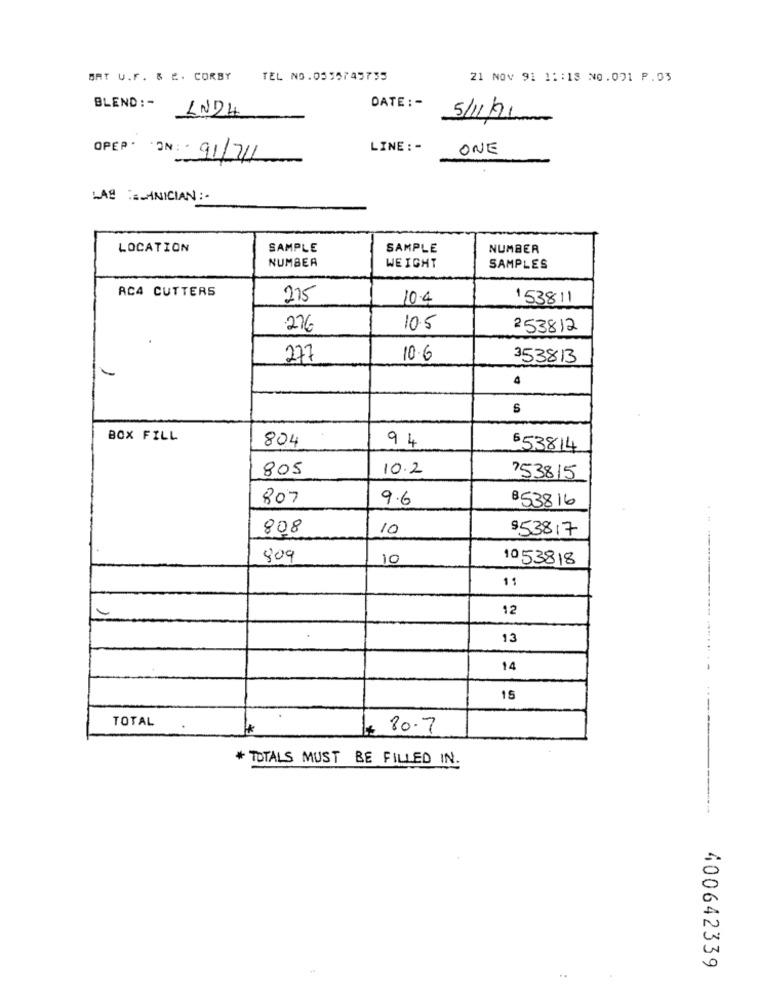
BAT U.F. & #. CORBY
TEL NO.0355745735
21 NOV 91 1: : 18 20.001 P.03
BLEND : -
LN24
DATE : -
5/11/21
OPEP. ON; .
LINE : -
ONE
91/74
LAS E INICIAN :-
LOCATION
SAMPLE
SAMPLE
NUMBER
NUMBER
WEIGHT
SAMPLES
AC4 CUTTERS
275
10.4
153811
276
10.5
253812
277
10.6
353813
4
S
BOX FILL
804
94
553814
805
10.2
753815
807
9.6
B53816
808
10
$53817
809
10
1053818
11
12
13
14
15
TOTAL
He
80.7
* TOTALS MUST BE FILLED IN.
400642339